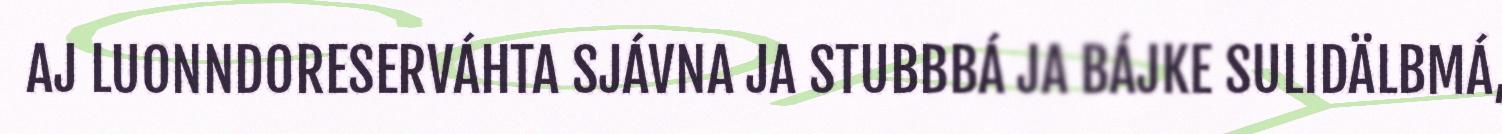
AJ LUONNDORESERVÁHTA SJÁVNA JA STUBBBÁ JA BÁJKE SULIDÄLBMÁ,